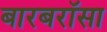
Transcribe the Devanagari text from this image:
बारबरॉसा